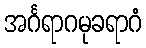
အင်္ဂရာဂမုခရာဂံ